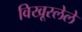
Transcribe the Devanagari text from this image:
विखूरलेले